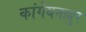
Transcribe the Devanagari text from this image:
कांगेयनल्लुर